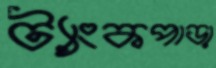
ট্যাংকপাড়া